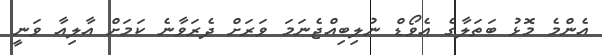
އެންމެ މޮޅު ބަތަލާގެ އެވޯޑް ނުލިބިއްޖެނަމަ ވަރަށް ދެރަވާނެ ކަމަށް އާލިއާ ވަނީ